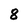
Character: 8